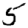
Digit: 5